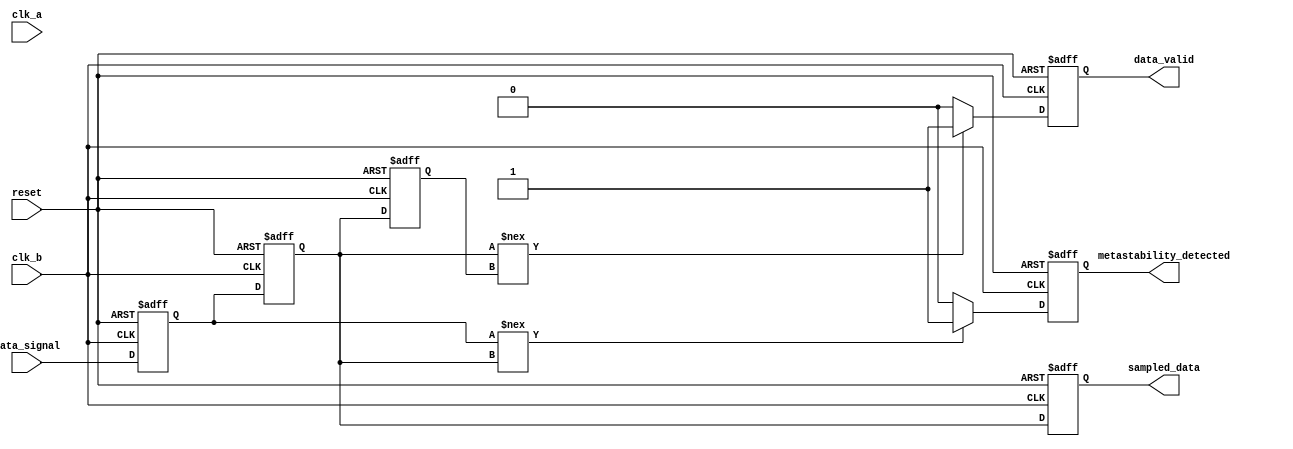
module cdc_detector (
    input wire clk_a,            // Source clock domain
    input wire clk_b,            // Destination clock domain
    input wire reset,            // Asynchronous reset
    input wire data_signal,       // Data signal in clock domain A
    output reg metastability_detected, // Error flag for metastability
    output reg data_valid,       // Data valid signal
    output reg sampled_data       // Sampled data signal
);

// Internal signals
reg sampled_data_ff1;   // First flip-flop output
reg sampled_data_ff2;   // Second flip-flop output
reg last_sampled_data;  // Last sampled data for comparison

// Sampling mechanism: Dual flip-flop synchronizer
always @(posedge clk_b or posedge reset) begin
    if (reset) begin
        sampled_data_ff1 <= 1'b0;
        sampled_data_ff2 <= 1'b0;
        last_sampled_data <= 1'b0;
        data_valid <= 1'b0;
        metastability_detected <= 1'b0;
    end else begin
        // Sample the data_signal from clk_a into clk_b domain
        sampled_data_ff1 <= data_signal;
        sampled_data_ff2 <= sampled_data_ff1;

        // Check for metastability and transitions
        if (sampled_data_ff1 !== sampled_data_ff2) begin
            metastability_detected <= 1'b1; // Indicate potential metastability
        end else begin
            metastability_detected <= 1'b0; // Clear flag if stable
        end

        // Update last sampled data and valid signal
        if (sampled_data_ff2 !== last_sampled_data) begin
            data_valid <= 1'b1; // Data is valid when a change is detected
        end else begin
            data_valid <= 1'b0; // Clear valid signal if no change
        end

        // Update last sampled data for next comparison
        last_sampled_data <= sampled_data_ff2;
    end
end

// Output the sampled data
always @(posedge clk_b or posedge reset) begin
    if (reset) begin
        sampled_data <= 1'b0; // Reset sampled data
    end else begin
        sampled_data <= sampled_data_ff2; // Output the synchronized data
    end
end

endmodule